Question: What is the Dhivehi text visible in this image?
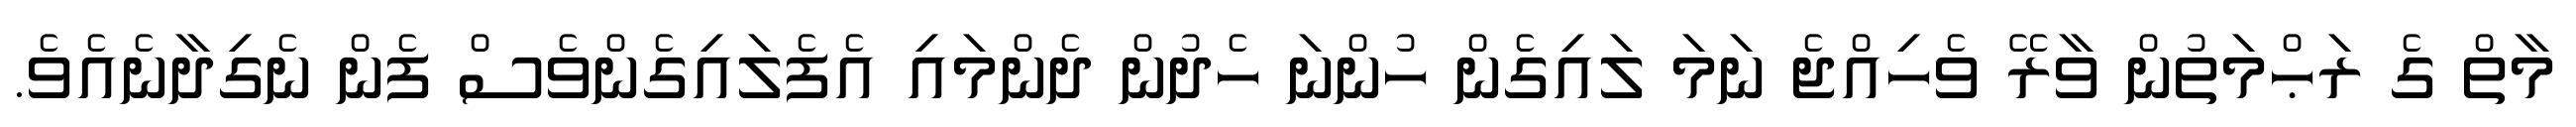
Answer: މާތް ގެ ރަޙްމަތުން ވާރޭ ވެހިއްޖެ ނަމަ ލައިގެން ހުންނަ ހެދުން ދެންމައި އެފެލައިގެންވެސް ފެން ނެގިދާނެއެވެ.